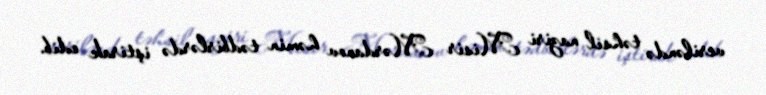
veriləndə təhsil naziri Misir Mərdanov həmin tədbirlərdə iştirak edib.